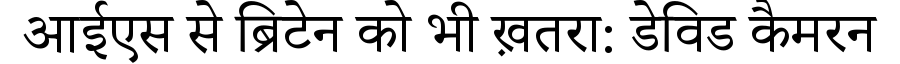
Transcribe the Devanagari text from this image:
आईएस से ब्रिटेन को भी ख़तरा: डेविड कैमरन